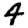
Digit: 4